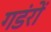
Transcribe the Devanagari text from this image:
गडंरों